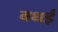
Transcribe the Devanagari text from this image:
बधई